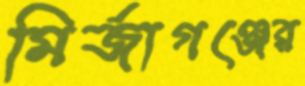
মির্জাগঞ্জের